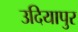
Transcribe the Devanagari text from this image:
उदियापुर